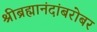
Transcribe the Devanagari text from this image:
श्रीब्रह्मानंदांबरोबर